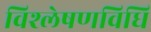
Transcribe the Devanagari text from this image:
विश्लेषणविधि